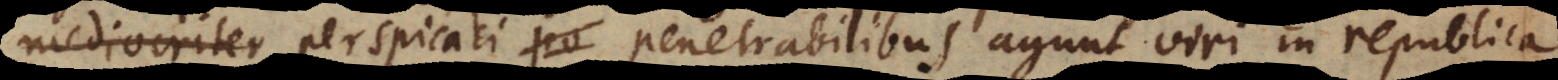
mediocriter perspicaci penetrabilibus agunt viri in republica